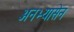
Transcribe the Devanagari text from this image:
अनभ्यासेन